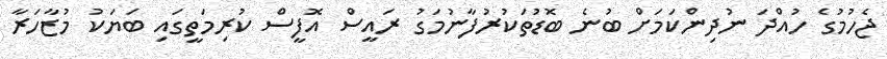
ޖެހުމުގެ ހުއްދަ ނުދިންކަމަށް ބުނެ ބޮޑުތަކުރުފާނުމަގު ރައީސް އޮފީސް ކުރިމަތީގައި ބަޔަކު މުޒާހަރާ